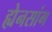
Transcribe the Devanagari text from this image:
ह्येनसांग